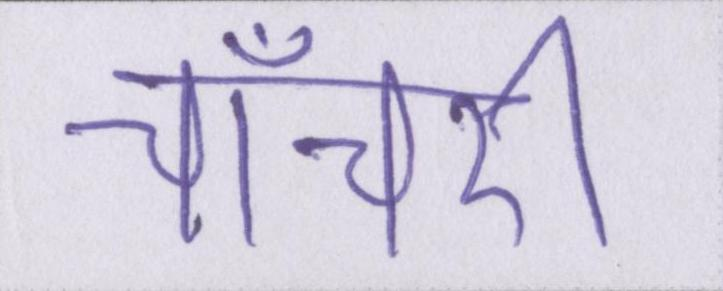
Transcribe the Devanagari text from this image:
चाँचरी